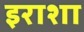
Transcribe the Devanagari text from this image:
इराशा